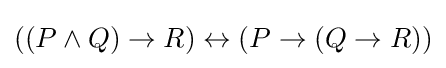
((P\land Q)\to R)\leftrightarrow (P\to (Q\to R))